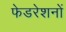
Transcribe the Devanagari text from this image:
फेडरेशनों